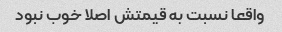
واقعا نسبت به قیمتش اصلا خوب نبود